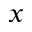
_ x